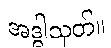
အဒ္ဓါသုတ်။